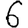
Digit: 6